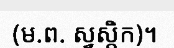
(ម.ព. ស្វស្តិក)។